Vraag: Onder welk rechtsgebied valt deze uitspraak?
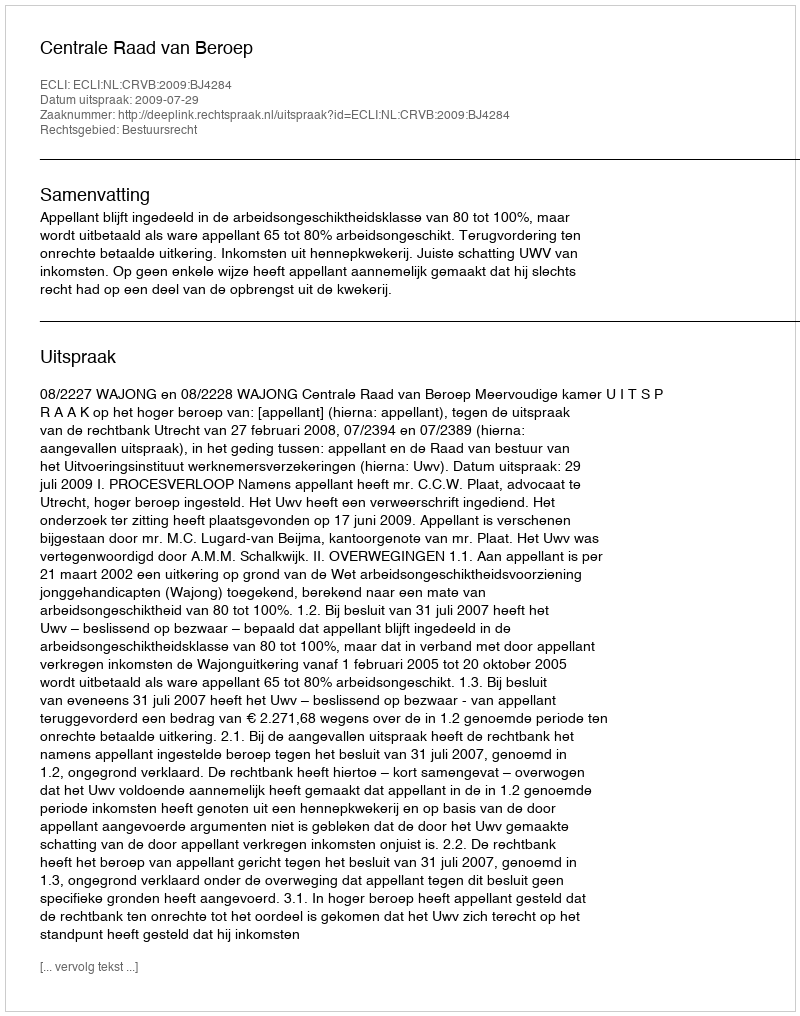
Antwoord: Bestuursrecht